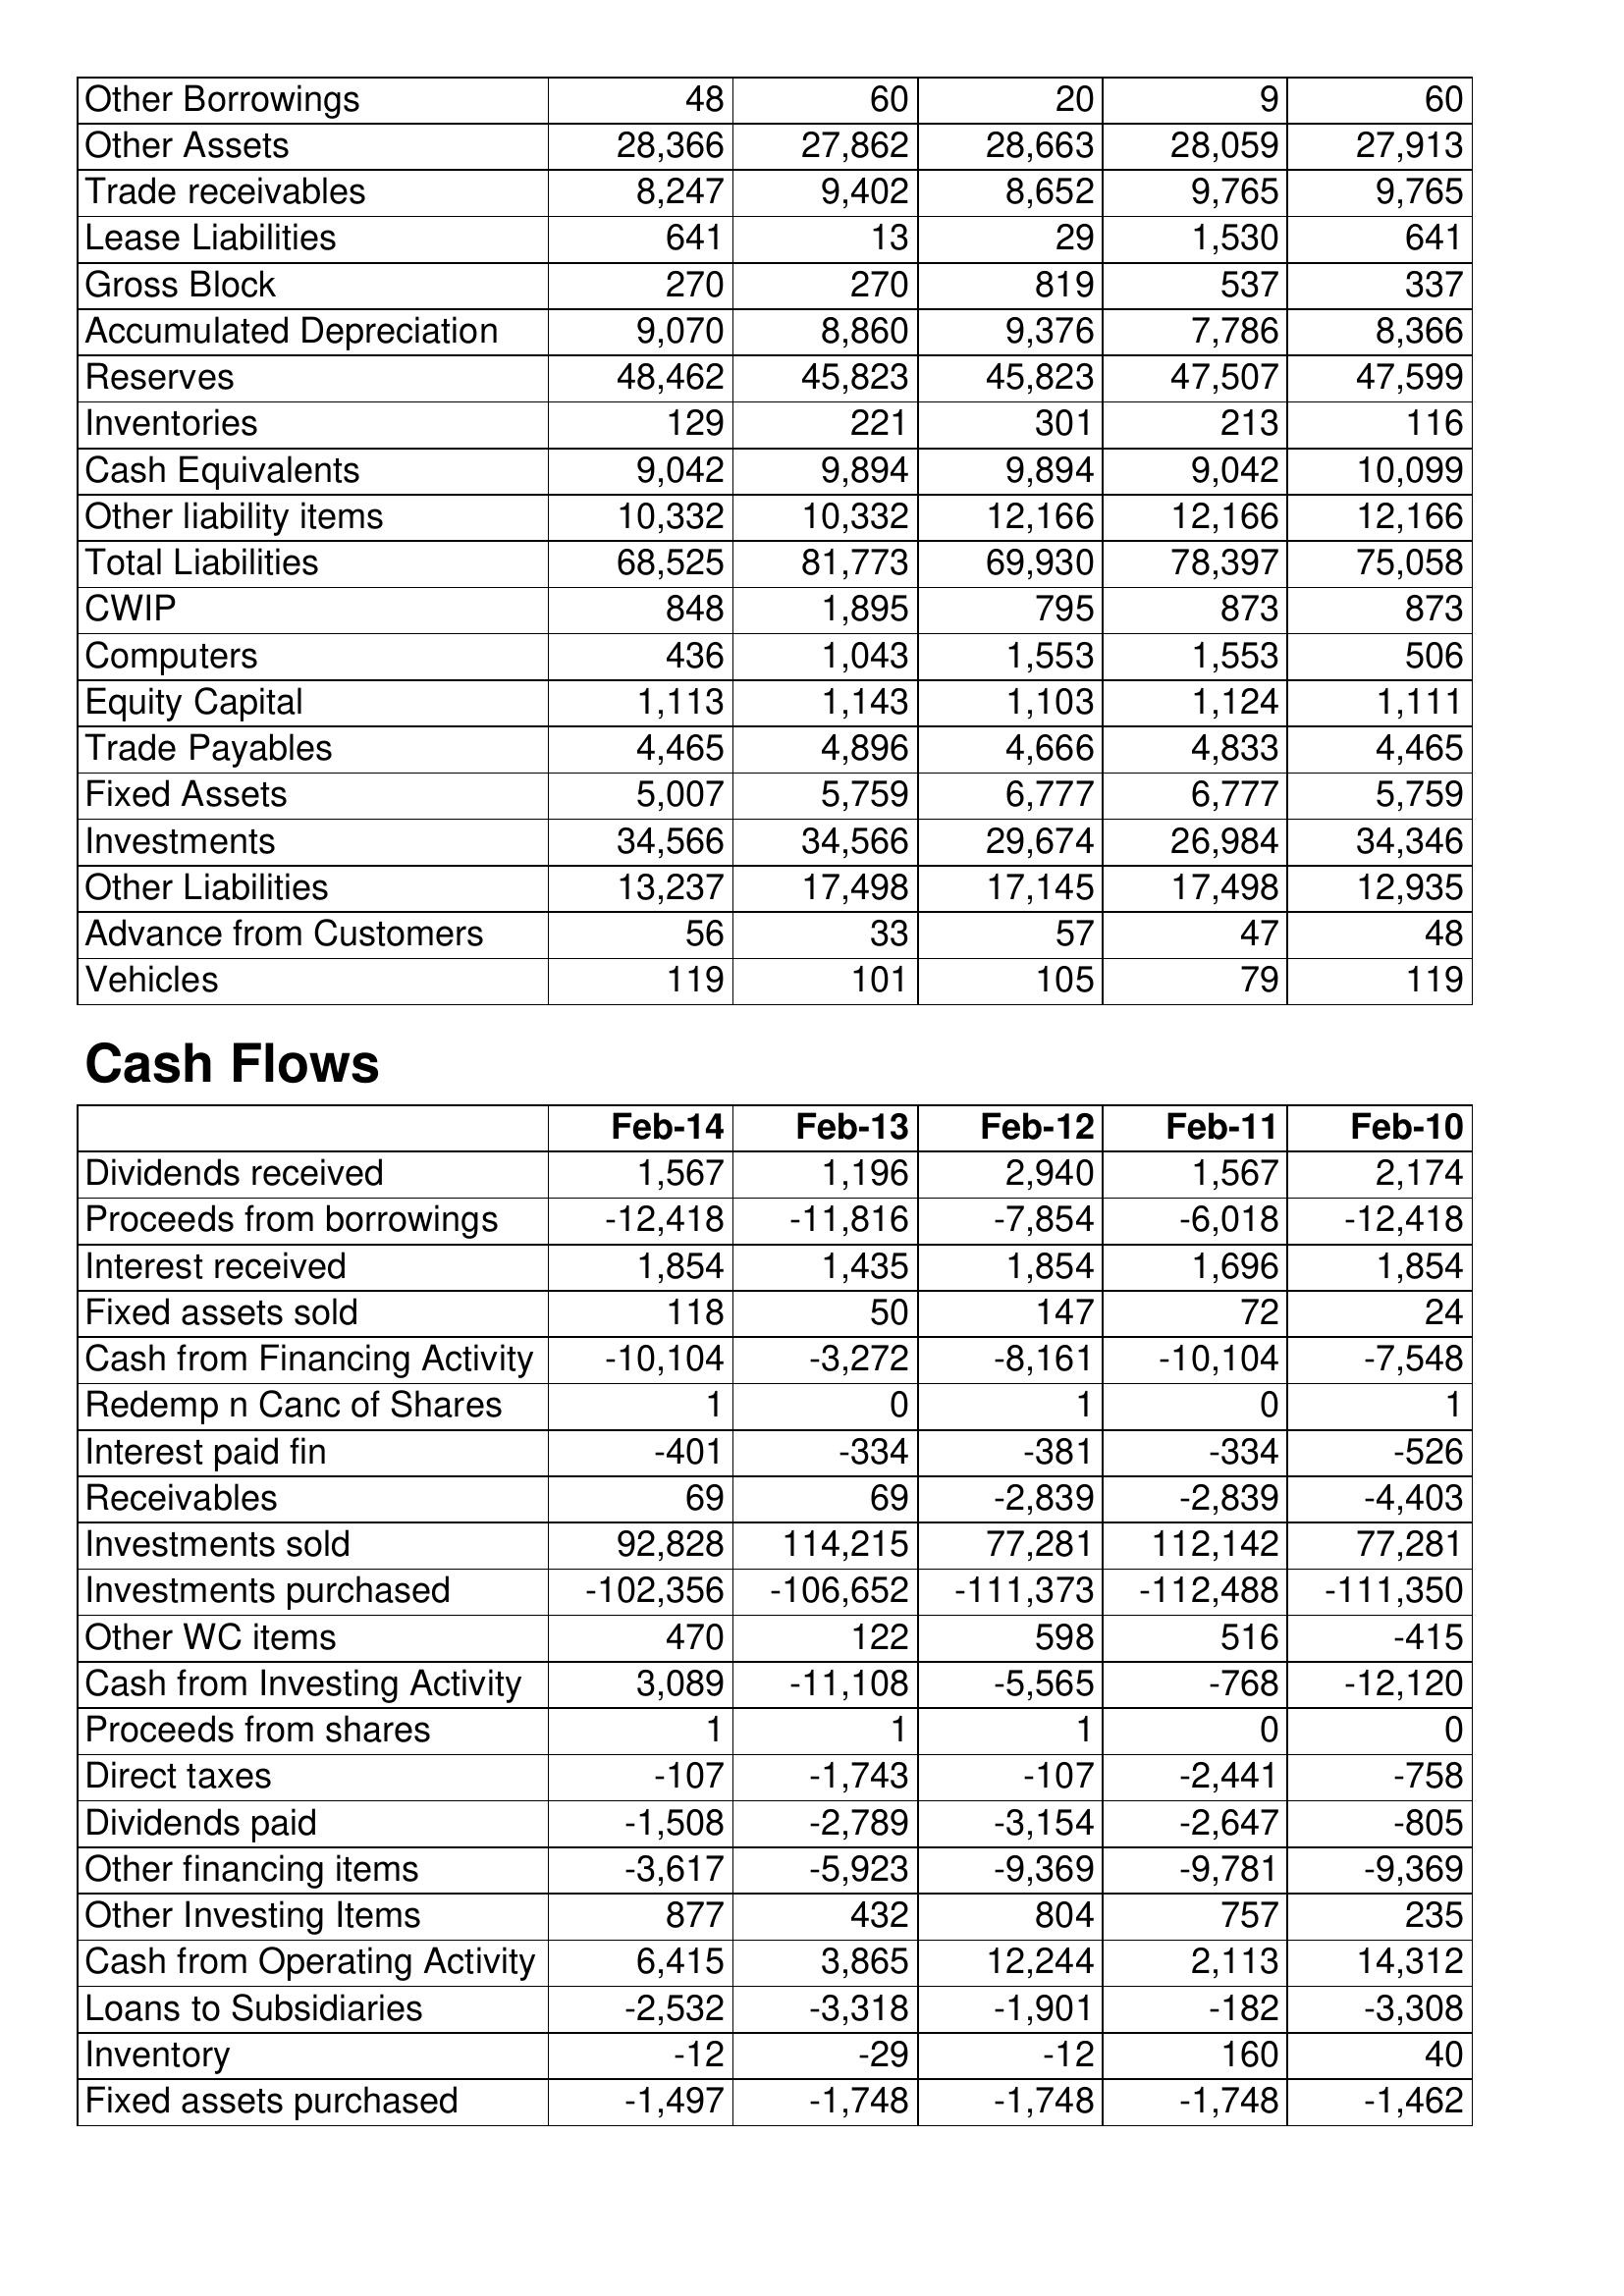
Feb-14: Balance Sheet: Other Borrowings: 48
Other Assets: 28,366
Trade receivables: 8,247
Lease Liabilities: 641
Gross Block: 270
Accumulated Depreciation: 9,070
Reserves: 48,462
Inventories: 129
Cash Equivalents: 9,042
Other liability items: 10,332
Total Liabilities: 68,525
CWIP: 848
Computers: 436
Equity Capital: 1,113
Trade Payables: 4,465
Fixed Assets: 5,007
Investments: 34,566
Other Liabilities: 13,237
Advance from Customers: 56
Vehicles: 119
Cash Flows: Dividends received: 1,567
Proceeds from borrowings: -12,418
Interest received: 1,854
Fixed assets sold: 118
Cash from Financing Activity: -10,104
Redemp n Canc of Shares: 1
Interest paid fin: -401
Receivables: 69
Investments sold: 92,828
Investments purchased: -102,356
Other WC items: 470
Cash from Investing Activity: 3,089
Proceeds from shares: 1
Direct taxes: -107
Dividends paid: -1,508
Other financing items: -3,617
Other Investing Items: 877
Cash from Operating Activity: 6,415
Loans to Subsidiaries: -2,532
Inventory: -12
Fixed assets purchased: -1,497
Feb-13: Balance Sheet: Other Borrowings: 60
Other Assets: 27,862
Trade receivables: 9,402
Lease Liabilities: 13
Gross Block: 270
Accumulated Depreciation: 8,860
Reserves: 45,823
Inventories: 221
Cash Equivalents: 9,894
Other liability items: 10,332
Total Liabilities: 81,773
CWIP: 1,895
Computers: 1,043
Equity Capital: 1,143
Trade Payables: 4,896
Fixed Assets: 5,759
Investments: 34,566
Other Liabilities: 17,498
Advance from Customers: 33
Vehicles: 101
Cash Flows: Dividends received: 1,196
Proceeds from borrowings: -11,816
Interest received: 1,435
Fixed assets sold: 50
Cash from Financing Activity: -3,272
Redemp n Canc of Shares: 0
Interest paid fin: -334
Receivables: 69
Investments sold: 114,215
Investments purchased: -106,652
Other WC items: 122
Cash from Investing Activity: -11,108
Proceeds from shares: 1
Direct taxes: -1,743
Dividends paid: -2,789
Other financing items: -5,923
Other Investing Items: 432
Cash from Operating Activity: 3,865
Loans to Subsidiaries: -3,318
Inventory: -29
Fixed assets purchased: -1,748
Feb-12: Balance Sheet: Other Borrowings: 20
Other Assets: 28,663
Trade receivables: 8,652
Lease Liabilities: 29
Gross Block: 819
Accumulated Depreciation: 9,376
Reserves: 45,823
Inventories: 301
Cash Equivalents: 9,894
Other liability items: 12,166
Total Liabilities: 69,930
CWIP: 795
Computers: 1,553
Equity Capital: 1,103
Trade Payables: 4,666
Fixed Assets: 6,777
Investments: 29,674
Other Liabilities: 17,145
Advance from Customers: 57
Vehicles: 105
Cash Flows: Dividends received: 2,940
Proceeds from borrowings: -7,854
Interest received: 1,854
Fixed assets sold: 147
Cash from Financing Activity: -8,161
Redemp n Canc of Shares: 1
Interest paid fin: -381
Receivables: -2,839
Investments sold: 77,281
Investments purchased: -111,373
Other WC items: 598
Cash from Investing Activity: -5,565
Proceeds from shares: 1
Direct taxes: -107
Dividends paid: -3,154
Other financing items: -9,369
Other Investing Items: 804
Cash from Operating Activity: 12,244
Loans to Subsidiaries: -1,901
Inventory: -12
Fixed assets purchased: -1,748
Feb-11: Balance Sheet: Other Borrowings: 9
Other Assets: 28,059
Trade receivables: 9,765
Lease Liabilities: 1,530
Gross Block: 537
Accumulated Depreciation: 7,786
Reserves: 47,507
Inventories: 213
Cash Equivalents: 9,042
Other liability items: 12,166
Total Liabilities: 78,397
CWIP: 873
Computers: 1,553
Equity Capital: 1,124
Trade Payables: 4,833
Fixed Assets: 6,777
Investments: 26,984
Other Liabilities: 17,498
Advance from Customers: 47
Vehicles: 79
Cash Flows: Dividends received: 1,567
Proceeds from borrowings: -6,018
Interest received: 1,696
Fixed assets sold: 72
Cash from Financing Activity: -10,104
Redemp n Canc of Shares: 0
Interest paid fin: -334
Receivables: -2,839
Investments sold: 112,142
Investments purchased: -112,488
Other WC items: 516
Cash from Investing Activity: -768
Proceeds from shares: 0
Direct taxes: -2,441
Dividends paid: -2,647
Other financing items: -9,781
Other Investing Items: 757
Cash from Operating Activity: 2,113
Loans to Subsidiaries: -182
Inventory: 160
Fixed assets purchased: -1,748
Feb-10: Balance Sheet: Other Borrowings: 60
Other Assets: 27,913
Trade receivables: 9,765
Lease Liabilities: 641
Gross Block: 337
Accumulated Depreciation: 8,366
Reserves: 47,599
Inventories: 116
Cash Equivalents: 10,099
Other liability items: 12,166
Total Liabilities: 75,058
CWIP: 873
Computers: 506
Equity Capital: 1,111
Trade Payables: 4,465
Fixed Assets: 5,759
Investments: 34,346
Other Liabilities: 12,935
Advance from Customers: 48
Vehicles: 119
Cash Flows: Dividends received: 2,174
Proceeds from borrowings: -12,418
Interest received: 1,854
Fixed assets sold: 24
Cash from Financing Activity: -7,548
Redemp n Canc of Shares: 1
Interest paid fin: -526
Receivables: -4,403
Investments sold: 77,281
Investments purchased: -111,350
Other WC items: -415
Cash from Investing Activity: -12,120
Proceeds from shares: 0
Direct taxes: -758
Dividends paid: -805
Other financing items: -9,369
Other Investing Items: 235
Cash from Operating Activity: 14,312
Loans to Subsidiaries: -3,308
Inventory: 40
Fixed assets purchased: -1,462